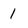
Character: 1